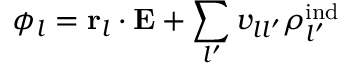
\phi _ { l } = { \bf r } _ { l } \cdot { \bf E } + \sum _ { l ^ { \prime } } v _ { l l ^ { \prime } } \rho _ { l ^ { \prime } } ^ { \mathrm { i n d } }